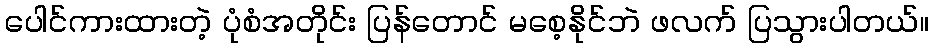
ပေါင်ကားထားတဲ့ ပုံစံအတိုင်း ပြန်တောင် မစေ့နိုင်ဘဲ ဖလက် ပြသွားပါတယ်။